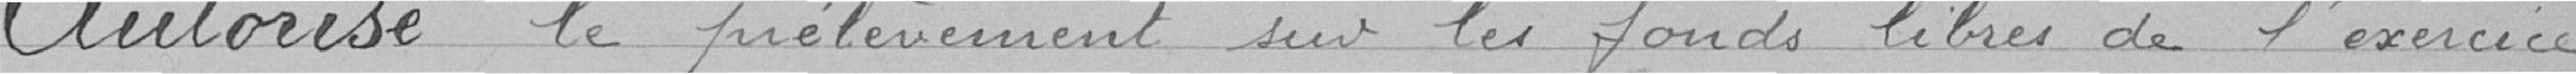
Autorise le prélèvement sur les fonds libres de l'exercice